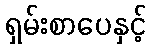
ရှမ်းစာပေနှင့်